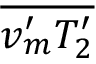
\overline { { v _ { m } ^ { \prime } T _ { 2 } ^ { \prime } } }